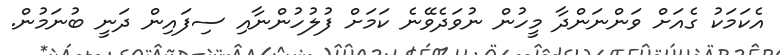
އެކަމަކު ގެއަށް ވަންނަންދާ މީހުން ނުވަދެވޭނެ ކަމަށް ފުލުހުންނާއި ސިފައިން ދަނީ ބުނަމުން.